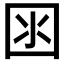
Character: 𡇋